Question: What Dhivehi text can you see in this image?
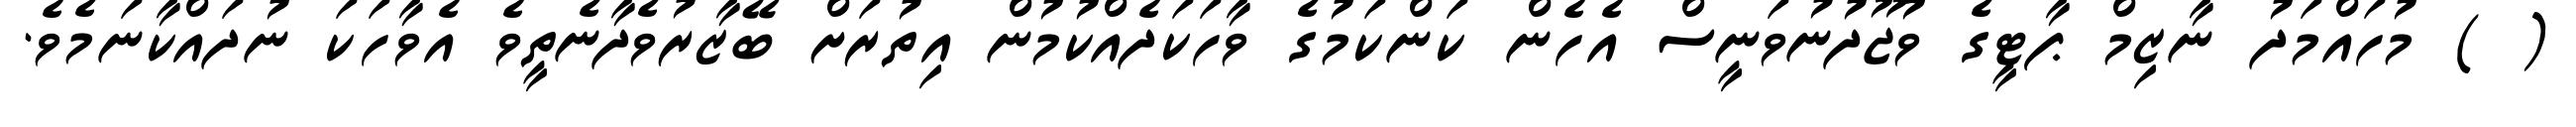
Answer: ( ) މުހައްމަދު ނާޒިމް ޕާޓީގެ ވުޖޫދުނުވަނީސް އެހެން ކަންކަމުގެ ވާހަކަދެއްކުމުން އިތުރަށް ބޭޒާރުވެދާނެތީވެ އެވާހަކަ ނުދައްކާނަމެވެ.